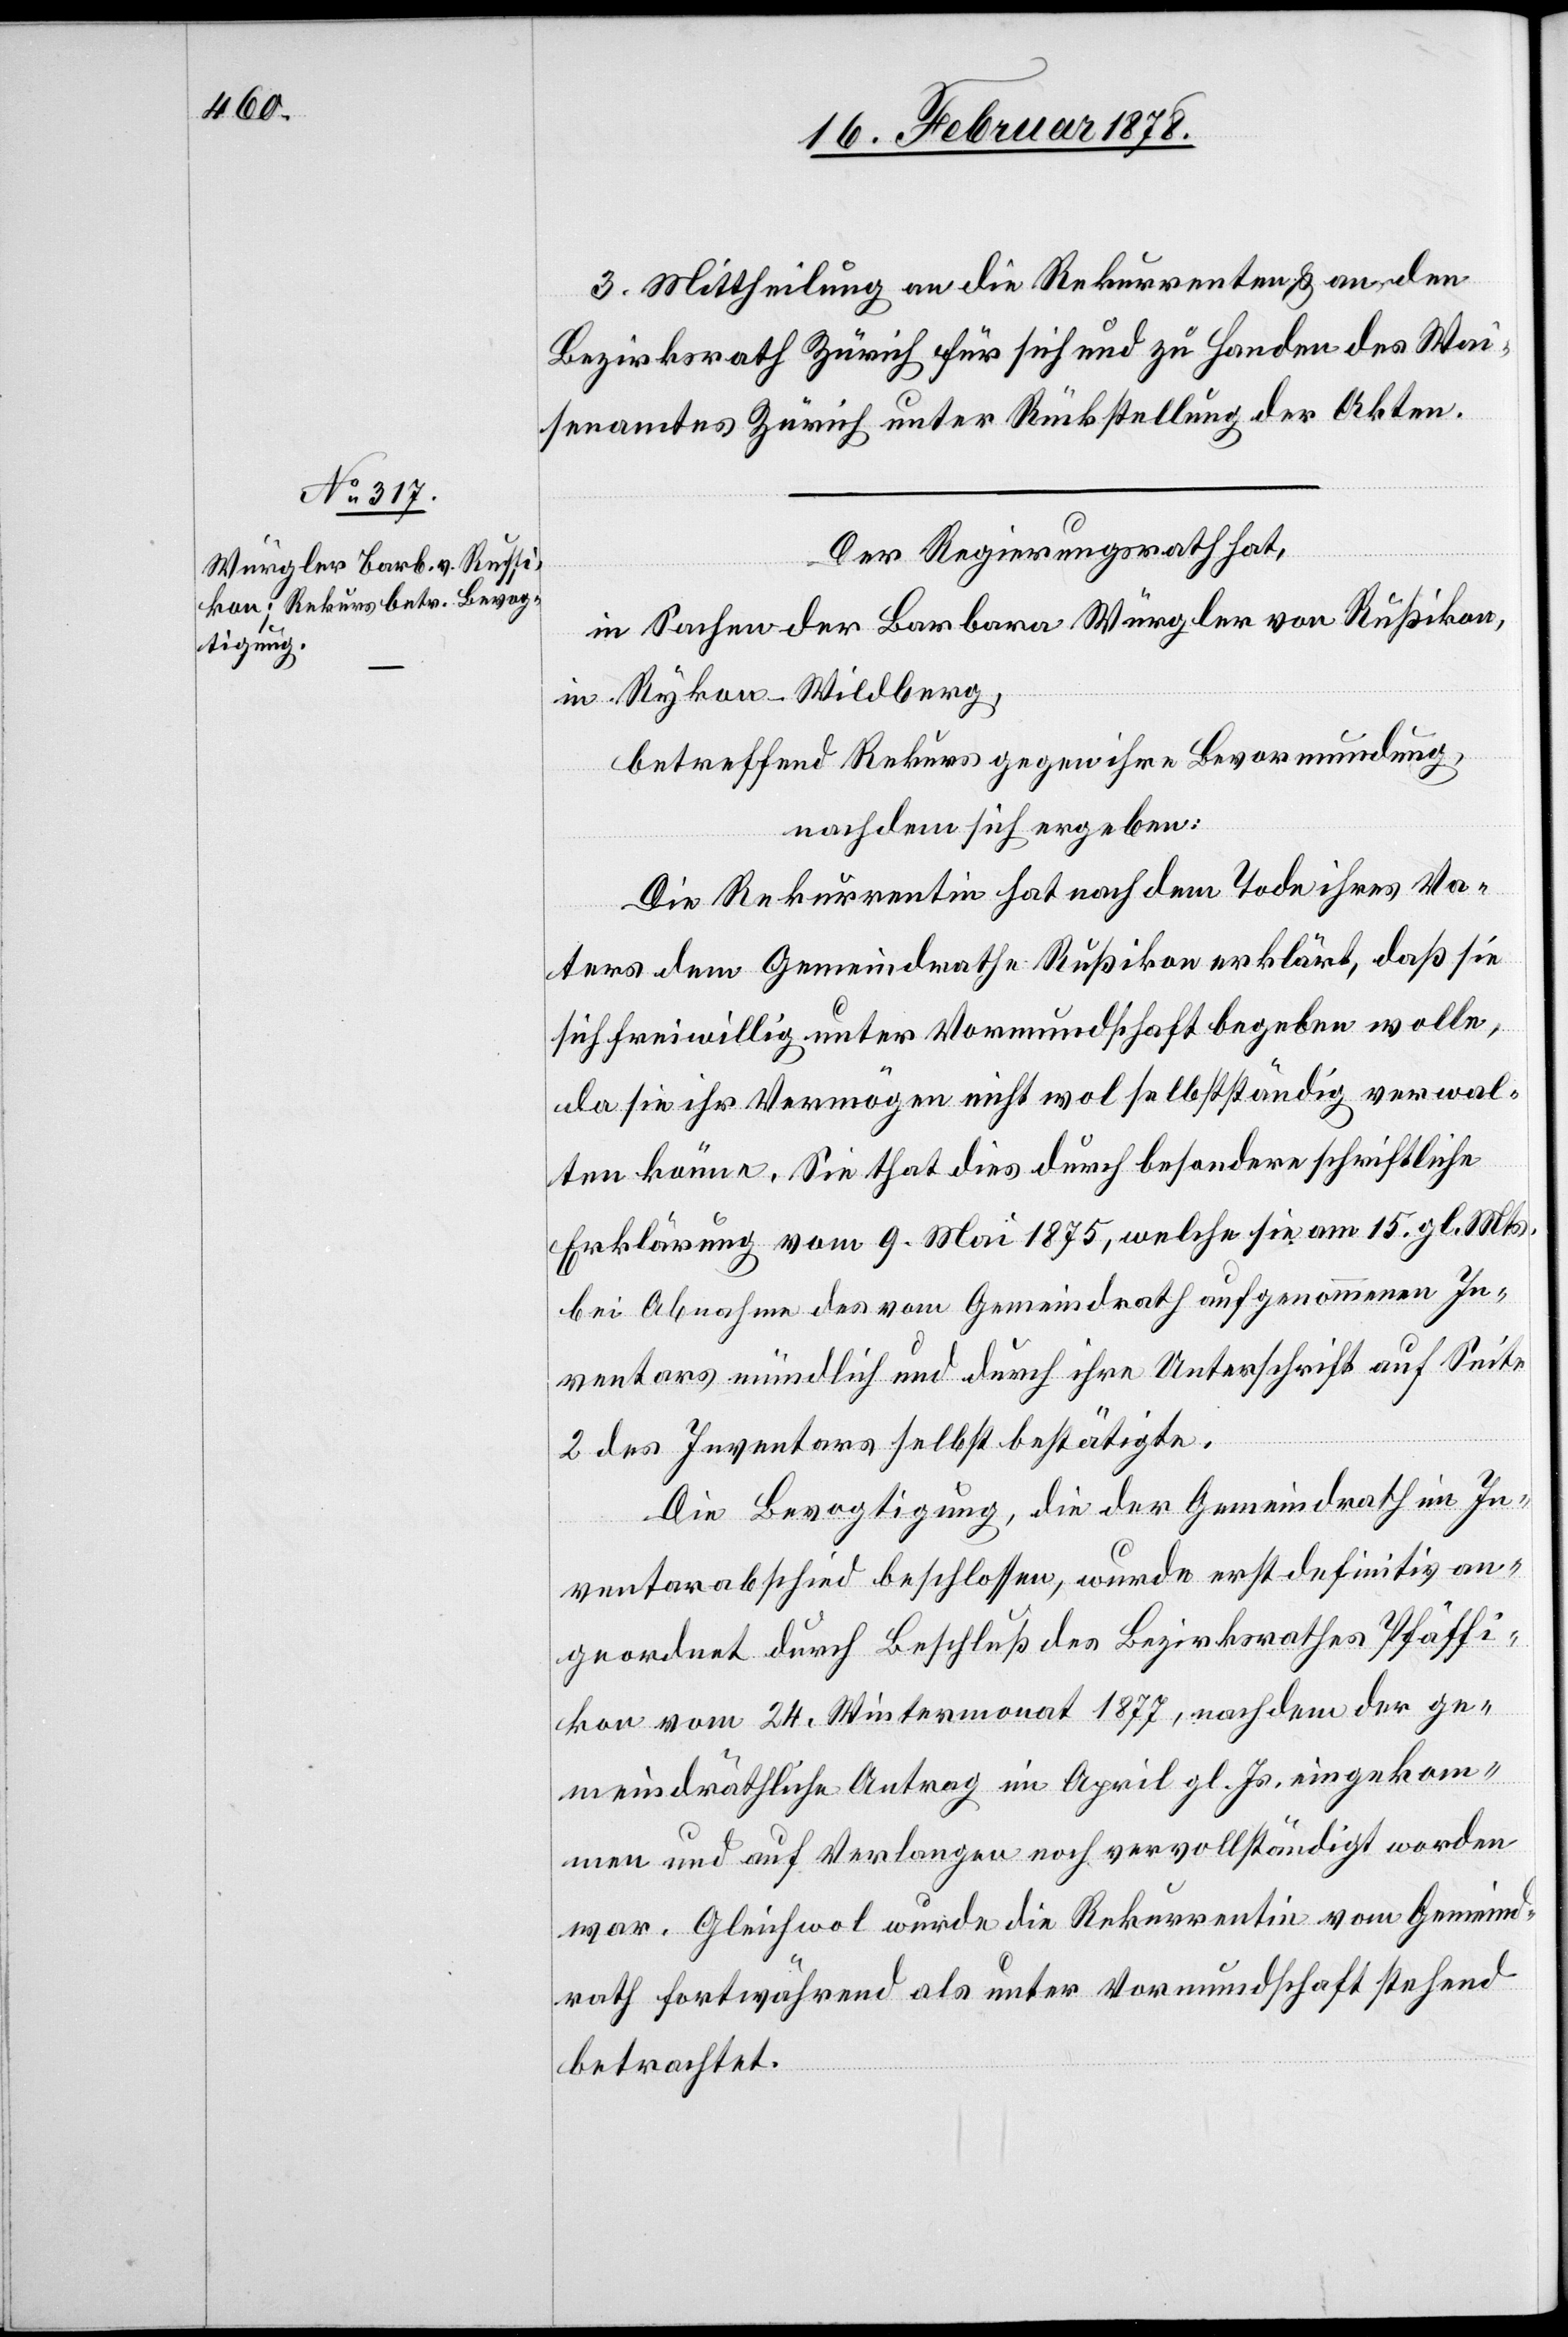
3. Mittheilung an die Rekurrenten & an den
Bezirksrath Zürich für sich und zu Handen des Wai¬
senamtes Zürich unter Rückstellung der Akten.
Der Regierungsrath hat,
in Sachen der Barbara Würgler von Rußikon,
in Rykon - Wildberg,
betreffend Rekurs gegen ihre Bevormundung,
nachdem sich ergeben:
Die Rekurrentin hat nach dem Tode ihres Va¬
ters dem Gemeindrathe Rußikon erklärt, daß sie
sich freiwillig unter Vormundschaft begeben wolle,
da sie ihr Vermögen nicht wol selbstständig verwal¬
ten könne. Sie that dies durch besondere schriftliche
Erklärung vom 9. Mai 1875, welche sie am 15. gl. Mts.
bei Abnahme des vom Gemeindrath aufgenommenen In¬
ventars mündlich und durch ihre Unterschrift auf Seite
2 des Inventars selbst bestätigte.
Die Bevogtigung, die der Gemeindrath im In¬
ventarbescheid beschlossen, wurde erst definitiv an¬
geordnet durch Beschluß des Bezirksrathes Pfäffi¬
kon vom 24. Wintermonat 1877, nachdem der ge¬
meindräthliche Antrag im April gl. Js. eingekom¬
men und auf Verlangen noch vervollständigt worden
war. Gleichwol wurde die Rekurrentin vom Gemeind¬
rath fortwährend als unter Vormundschaft stehend
betrachtet.